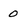
Character: 0